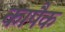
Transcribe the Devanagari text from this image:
कापैक